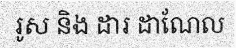
រូស និង ដារ ដាណែល